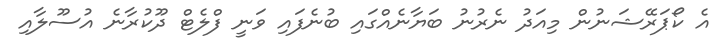
އެ ކޯޕަރޭޝަނުން މިއަދު ނެރުނު ބަޔާނެއްގައި ބުނެފައި ވަނީ ފްލެޓް ދޫކުރާނެ އުސޫލާއި